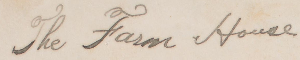
The Farm House